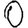
Digit: 0